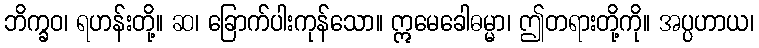
ဘိက္ခဝ၊ ရဟန်းတို့။ ဆ၊ ခြောက်ပါးကုန်သော။ ဣမေခေါဓမ္မာ၊ ဤတရားတို့ကို။ အပ္ပဟာယ၊